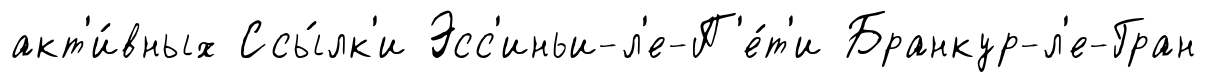
акт'и́вных Ссы́лк'и Эсс'иньи-л'е-П'е́т'и Бранкур-л'е-Гран